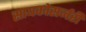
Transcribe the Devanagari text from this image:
सायकोसर्जरी